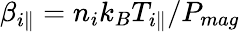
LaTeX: \beta_{i\parallel}=n_{i}k_{B}T_{i\parallel}/P_{mag}